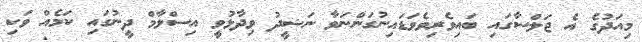
މިއަދުގެ އެ ޖަލްސާގައި ބައިވެރިވެވަޑައިނުގަންނަވާ ނަޝީދު ވިދާޅުވީ އިސްލާމް ދީނުގައި ކަމެއް ވަކި